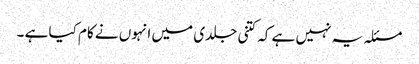
مسئلہ یہ نہیں ہے کہ کتنی جلدی میں انہوں نے کام کیا ہے ۔